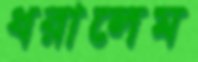
ধরালেম